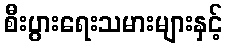
စီးပွားရေးသမားများနှင့်